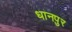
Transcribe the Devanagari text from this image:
धानपुर